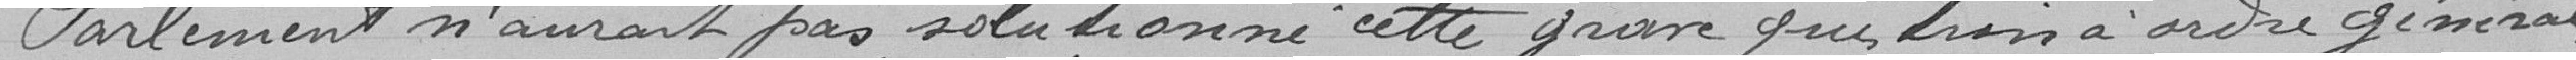
Parlement n'aurait pas solutionné cette grave question à ordre général